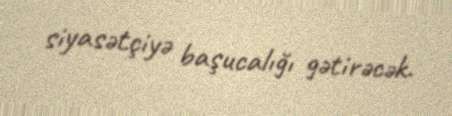
siyasətçiyə başucalığı gətirəcək.